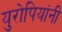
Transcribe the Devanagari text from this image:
युरोपियांनी